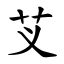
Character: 芆